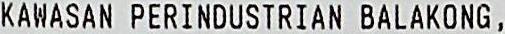
KAWASAN PERINDUSTRIAN BALAKONG,